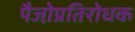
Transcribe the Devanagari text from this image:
पैजो़प्रतिरोधक